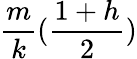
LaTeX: \frac{m}{k}(\frac{1+h}{2})